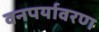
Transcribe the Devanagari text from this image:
वनपर्यावरण